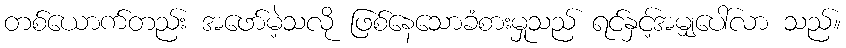
တစ်ယောက်တည်း အဖော်မဲ့သလို ဖြစ်နေသောခံစားမှုသည် ရင်နှင့်အမျှပေါ်လာ သည်။